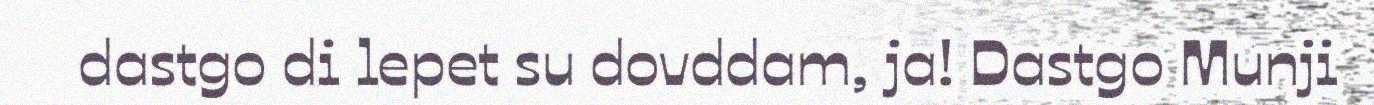
dastgo di lepet su dovddam, ja! Dastgo Munji